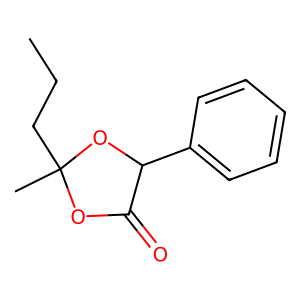
SMILES: CCCC1(C)OC(=O)C(c2ccccc2)O1
Inhibits HIV replication: No